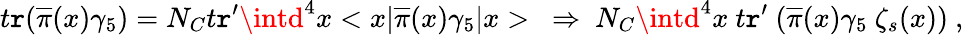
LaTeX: t\mathtt{r}(\overline{{{{\pi}}}}(x)\gamma_{5})=N_{C}t\mathtt{r}^{\prime}\intd^{4}x<x|\overline{{{{\pi}}}}(x)\gamma_{5}|x>~\Rightarrow~N_{C}\intd^{4}x~t\mathtt{r}^{\prime}~(\overline{{{{\pi}}}}(x)\gamma_{5}~\zeta_{s}(x))~,